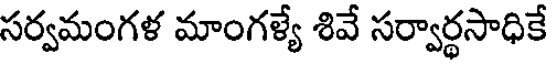
సర్వమంగళ మాంగళ్యే శివే సర్వార్థసాధికే